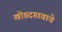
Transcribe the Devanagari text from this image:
खोडदगावाचे